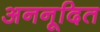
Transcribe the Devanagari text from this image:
अननूदित